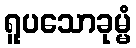
ရူပသောခုမ္မံ